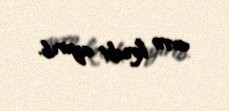
avro kredit ayırıb.